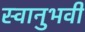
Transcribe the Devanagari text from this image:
स्वानुभवी